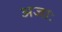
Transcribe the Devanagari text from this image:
अजाः